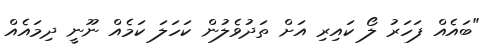
"ބައެއް ފަހަރު ލޯ ކައިރި އަށް ތަދުވެލުން ކަހަލަ ކަމެއް ނޫނީ ދިމައެއް